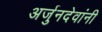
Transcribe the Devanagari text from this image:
अर्जुनदेवांनी